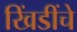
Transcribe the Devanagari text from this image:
खिंडींचे